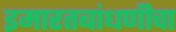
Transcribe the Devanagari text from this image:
इमारतबांधणीचा